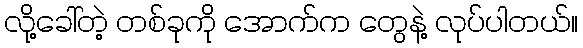
လို့ခေါ်တဲ့ တစ်ခုကို အောက်က တွေနဲ့ လုပ်ပါတယ်။